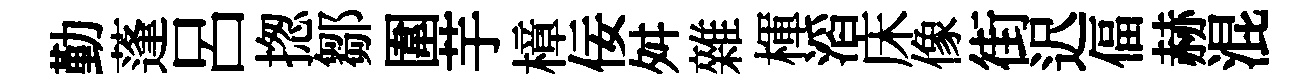
勤蓬呂揔鄒圍芋樟佞舛雜楎滔床像街迟偪赫混